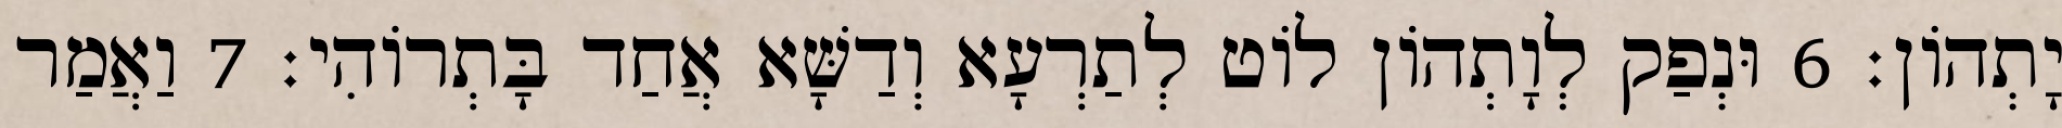
יָתְהוֹן׃ 6 וּנְפַק לְוָתְהוֹן לוֹט לְתַרְעָא וְדַשָּׁא אֲחַד בָּתְרוֹהִי׃ 7 וַאֲמַר